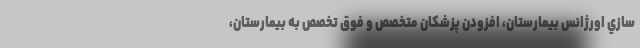
سازي اورژانس بيمارستان، افزودن پزشكان متخصص و فوق تخصص به بيمارستان،